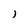
Character: i